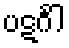
ပဋင်္ဂါ